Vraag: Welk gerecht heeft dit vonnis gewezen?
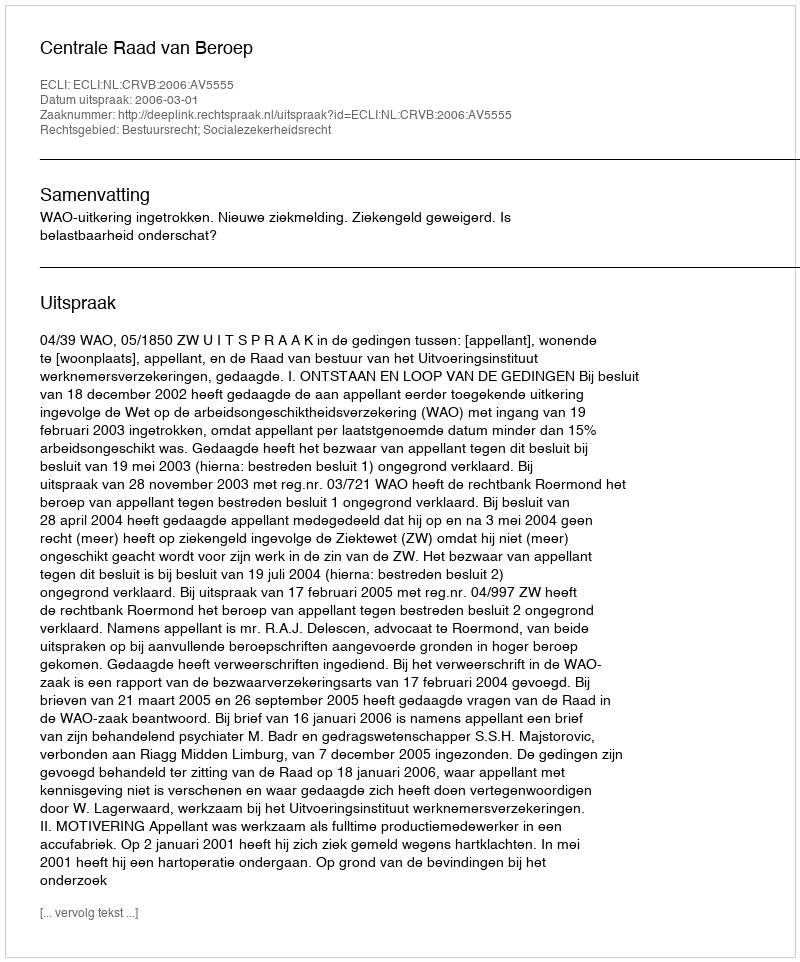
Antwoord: Centrale Raad van Beroep